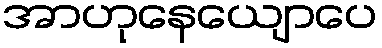
အာဟုနေယျောပေ